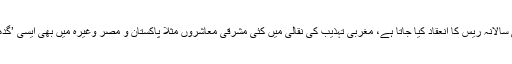
کئی مغربی ممالک میں گدھوں کی سالانہ ریس کا انعقاد کیا جاتا ہے، مغربی تہذیب کی نقالی میں کئی مشرقی معاشروں مثلاً پاکستان و مصر وغیرہ میں بھی ایسی ’گدھا دوڑ‘ کا انعقاد کیا جانے لگا ہے۔